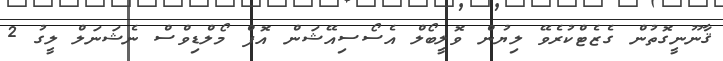
ޤާނޫނީގޮތުން ގެޒެޓްކުރެވޭ ލިޔުން ވޮލީބޯލް އެސޯސިއޭޝަން އޮފް މޯލްޑިވްސް ނެޝަނަލް ލީގު 2